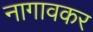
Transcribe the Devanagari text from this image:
नागावकर